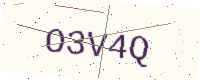
Text: O3V4Q